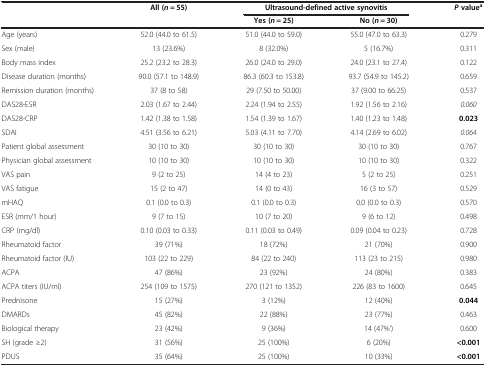
<table><thead><tr><td rowspan="2"><b> </b></td><td rowspan="2"><b>All (<i>n</i> = 55)</b></td><td colspan="2"><b>Ultrasound-defined active synovitis</b></td><td rowspan="2"><b><i>P </i>value<sup>a</sup></b></td></tr><tr><td><b>Yes (<i>n</i> = 25)</b></td><td><b>No (<i>n</i> = 30)</b></td></tr></thead><tbody><tr><td>Age (years)</td><td>52.0 (44.0 to 61.5)</td><td>51.0 (44.0 to 59.0)</td><td>55.0 (47.0 to 63.3)</td><td>0.279</td></tr><tr><td>Sex (male)</td><td>13 (23.6%)</td><td>8 (32.0%)</td><td>5 (16.7%)</td><td>0.311</td></tr><tr><td>Body mass index</td><td>25.2 (23.2 to 28.3)</td><td>26.0 (24.0 to 29.0)</td><td>24.0 (23.1 to 27.4)</td><td>0.122</td></tr><tr><td>Disease duration (months)</td><td>90.0 (57.1 to 148.9)</td><td>86.3 (60.3 to 153.8)</td><td>93.7 (54.9 to 145.2)</td><td>0.659</td></tr><tr><td>Remission duration (months)</td><td>37 (8 to 58)</td><td>29 (7.50 to 50.00)</td><td>37 (9.00 to 66.25)</td><td>0.537</td></tr><tr><td>DAS28-ESR</td><td>2.03 (1.67 to 2.44)</td><td>2.24 (1.94 to 2.55)</td><td>1.92 (1.56 to 2.16)</td><td><i>0.060</i></td></tr><tr><td>DAS28-CRP</td><td>1.42 (1.38 to 1.58)</td><td>1.54 (1.39 to 1.67)</td><td>1.40 (1.23 to 1.48)</td><td><b>0.023</b></td></tr><tr><td>SDAI</td><td>4.51 (3.56 to 6.21)</td><td>5.03 (4.11 to 7.70)</td><td>4.14 (2.69 to 6.02)</td><td><i>0.064</i></td></tr><tr><td>Patient global assessment</td><td>30 (10 to 30)</td><td>30 (10 to 30)</td><td>30 (10 to 30)</td><td>0.767</td></tr><tr><td>Physician global assessment</td><td>10 (10 to 30)</td><td>10 (10 to 30)</td><td>10 (10 to 30)</td><td>0.322</td></tr><tr><td>VAS pain</td><td>9 (2 to 25)</td><td>14 (4 to 23)</td><td>5 (2 to 25)</td><td>0.251</td></tr><tr><td>VAS fatigue</td><td>15 (2 to 47)</td><td>14 (0 to 43)</td><td>16 (3 to 57)</td><td>0.529</td></tr><tr><td>mHAQ</td><td>0.1 (0.0 to 0.3)</td><td>0.1 (0.0 to 0.3)</td><td>0.0 (0.0 to 0.3)</td><td>0.570</td></tr><tr><td>ESR (mm/1 hour)</td><td>9 (7 to 15)</td><td>10 (7 to 20)</td><td>9 (6 to 12)</td><td>0.498</td></tr><tr><td>CRP (mg/dl)</td><td>0.10 (0.03 to 0.33)</td><td>0.11 (0.03 to 0.49)</td><td>0.09 (0.04 to 0.23)</td><td>0.728</td></tr><tr><td>Rheumatoid factor</td><td>39 (71%)</td><td>18 (72%)</td><td>21 (70%)</td><td>0.900</td></tr><tr><td>Rheumatoid factor (IU)</td><td>103 (22 to 229)</td><td>84 (22 to 240)</td><td>113 (23 to 215)</td><td>0.980</td></tr><tr><td>ACPA</td><td>47 (86%)</td><td>23 (92%)</td><td>24 (80%)</td><td>0.383</td></tr><tr><td>ACPA titers (IU/ml)</td><td>254 (109 to 1575)</td><td>270 (121 to 1352)</td><td>226 (83 to 1600)</td><td>0.645</td></tr><tr><td>Prednisone</td><td>15 (27%)</td><td>3 (12%)</td><td>12 (40%)</td><td><b>0.044</b></td></tr><tr><td>DMARDs</td><td>45 (82%)</td><td>22 (88%)</td><td>23 (77%)</td><td>0.463</td></tr><tr><td>Biological therapy</td><td>23 (42%)</td><td>9 (36%)</td><td>14 (47%&#x27;)</td><td>0.600</td></tr><tr><td>SH (grade ≥2)</td><td>31 (56%)</td><td>25 (100%)</td><td>6 (20%)</td><td><b>&lt;0.001</b></td></tr><tr><td>PDUS</td><td>35 (64%)</td><td>25 (100%)</td><td>10 (33%)</td><td><b>&lt;0.001</b></td></tr></tbody></table>